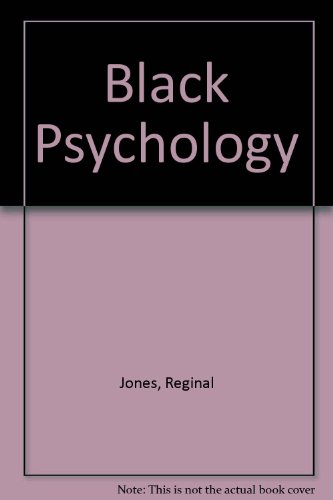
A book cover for Black Psychology, 3rd Edition; Medical Books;